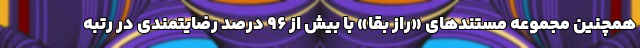
همچنین مجموعه مستندهای «راز بقا» با بیش از ۹۶ درصد رضایتمندی در رتبه